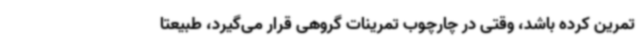
تمرین کرده باشد، وقتی در چارچوب تمرینات گروهی قرار می‌گیرد، طبیعتا